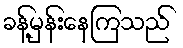
ခန့်မှန်းနေကြသည်